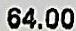
64.00